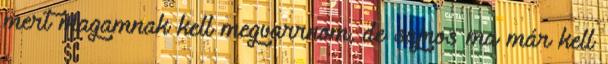
mert magamnak kell megvarrnom, de sajnos ma már kell